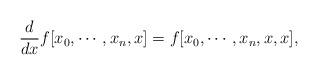
LaTeX: \begin{align*}\frac{d}{dx}f[x_0,\cdots, x_n,x]=f[x_0,\cdots, x_n,x,x],\end{align*}